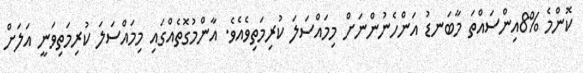
ކޮންމެ %8އިންސައްތަ މާބަނޑު އަންހެނުންނަށް މިމައްސަލަ ކުރިމަތިވެއެވެ. އާންމުގޮތެއްގައި މިމައްސަލަ ކުރިމަތިވަނީ އަލަށް